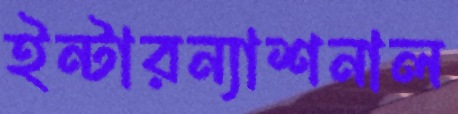
ইন্টারন্যাশনাল